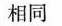
相同